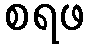
စရဖ